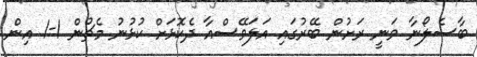
ބާސެލޯނާ ވަނީ ރަށުން ބޭރުގައި އަލަވޭސްއާ ދެކޮޅަށް ކުޅުނު މެޗުން 1-1 އިން